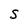
Character: S